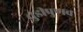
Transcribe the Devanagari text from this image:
चुडीपुणव